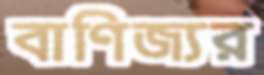
বাণিজ্যর